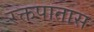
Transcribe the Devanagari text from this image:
रक्तपातास